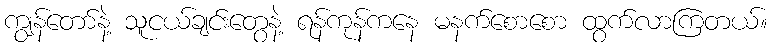
ကျွန်တော်နဲ့ သူငယ်ချင်းတွေနဲ့ ရန်ကုန်ကနေ မနက်စောစော ထွက်လာကြတယ်။